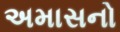
અમાસનો